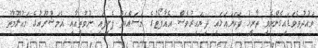
ވައުދުވެވަޑައިގެންނެވި ތާރީހު ފަހަނައަޅައި ދިޔައިރުވެސް އެއާޕޯޓުގެ މަސައްކަތް ފެށިފައި ނުވާތީއާއި އެމަޝްރޫއުގެ މައުލޫމާތު